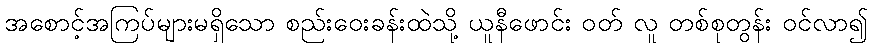
အစောင့်အကြပ်များမရှိသော စည်းဝေးခန်းထဲသို့ ယူနီဖောင်း ဝတ် လူ တစ်စုတွန်း ဝင်လာ၍